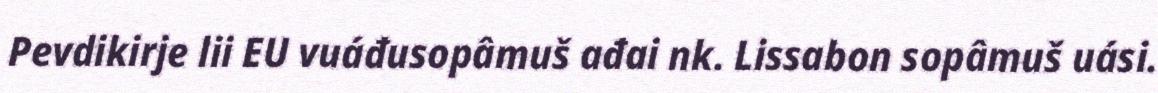
Pevdikirje lii EU vuáđusopâmuš ađai nk. Lissabon sopâmuš uási.